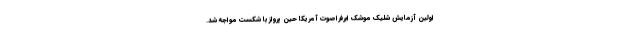
اولین آزمایش شلیک موشک ابرفراصوت آمریکا حین پرواز با شکست مواجه شد.